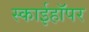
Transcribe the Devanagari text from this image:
स्काईहॉपर